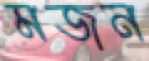
মজন